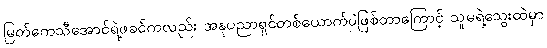
မြတ်ကေသီအောင်ရဲ့ဖခင်ကလည်း အနုပညာရှင်တစ်ယောက်ပဲဖြစ်တာကြောင့် သူမရဲ့သွေးထဲမှာ